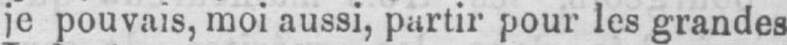
je pouvais, moi aussi, partir pour les grandes